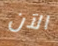
الآن